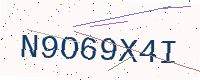
Text: N9O69X4I